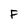
Character: F